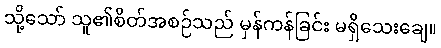
သို့သော် သူ၏စိတ်အစဉ်သည် မှန်ကန်ခြင်း မရှိသေးချေ။